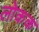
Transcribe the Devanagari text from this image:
लोकक